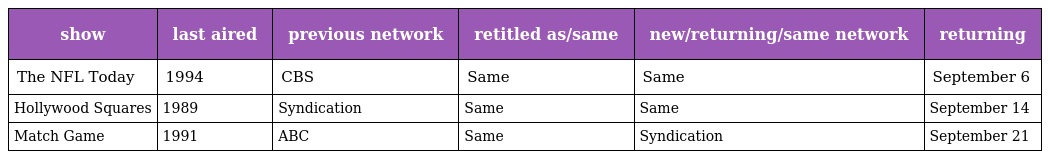
| show | last aired | previous network | retitled as/same | new/returning/same network | returning |
 | --- | --- | --- | --- | --- | --- |
 | The NFL Today | 1994 | CBS | Same | Same | September 6 |
 | Hollywood Squares | 1989 | Syndication | Same | Same | September 14 |
 | Match Game | 1991 | ABC | Same | Syndication | September 21 |